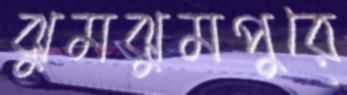
ঝুমঝুমপুরে